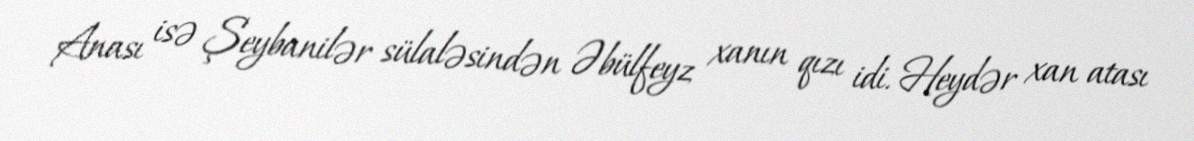
Anası isə Şeybanilər sülaləsindən Əbülfeyz xanın qızı idi. Heydər xan atası